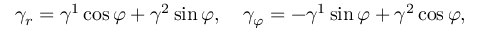
\gamma _ { r } = \gamma ^ { 1 } \cos \varphi + \gamma ^ { 2 } \sin \varphi , \quad \gamma _ { \varphi } = - \gamma ^ { 1 } \sin \varphi + \gamma ^ { 2 } \cos \varphi ,